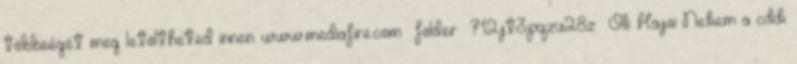
többségét meg letöltheted innen: www.mediafire.com folder 712jt3pqzu28z Olli Hajoi Nekem a cikk